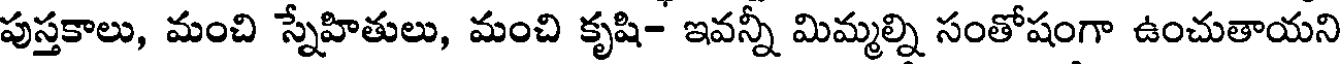
పుస్తకాలు, మంచి స్నేహితులు, మంచి కృషి- ఇవన్నీ మిమ్మల్ని సంతోషంగా ఉంచుతాయని